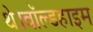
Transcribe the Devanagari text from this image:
थे।वॉल्डहाइम